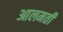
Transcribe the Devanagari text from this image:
आलमती